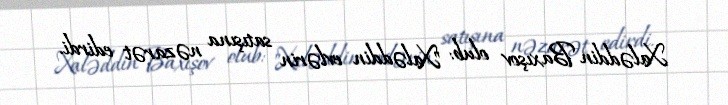
Xaləddin Baxışov olub: "Xaləddin evlərin satışına nəzarət edirdi.